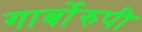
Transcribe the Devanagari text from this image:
गार्बोरुपी